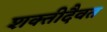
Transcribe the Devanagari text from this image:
शक्तीदैवत